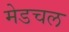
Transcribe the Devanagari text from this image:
मेडचल